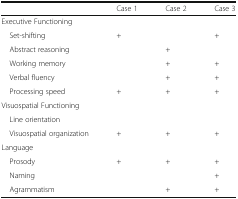
|  | Case 1 | Case 2 | Case 3 |
 | --- | --- | --- | --- |
 | <COLSPAN=4> Executive Functioning |
 | Set-shifting | + |  | + |
 | Abstract reasoning |  | + |  |
 | Working memory |  | + | + |
 | Verbal fluency |  | + | + |
 | Processing speed | + | + | + |
 | <COLSPAN=4> Visuospatial Functioning |
 | Line orientation |  |  |  |
 | Visuospatial organization | + | + | + |
 | <COLSPAN=4> Language |
 | Prosody | + | + | + |
 | Naming |  |  | + |
 | Agrammatism |  | + | + |